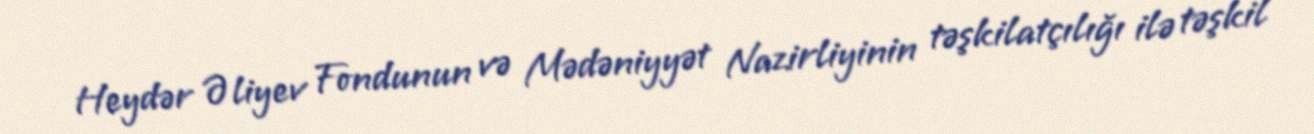
Heydər Əliyev Fondunun və Mədəniyyət Nazirliyinin təşkilatçılığı ilə təşkil